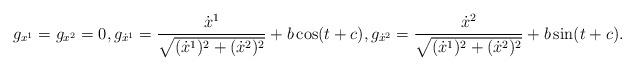
LaTeX: \begin{align*}g_{x^{1}}=g_{x^{2}}=0, g_{\dot{x}^{1}}=\frac{\dot{x}^{1}}{\sqrt{(\dot{x}^{1})^2+(\dot{x}^{2})^2}}+b\cos (t+c), g_{\dot{x}^{2}}=\frac{\dot{x}^{2}}{\sqrt{(\dot{x}^{1})^2+(\dot{x}^{2})^2}}+b\sin (t+c).\end{align*}